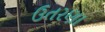
ઉતરણા